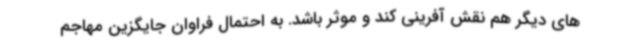
های دیگر هم نقش آفرینی کند و موثر باشد. به احتمال فراوان جایگزین مهاجم